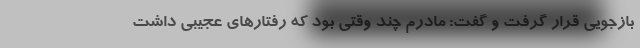
بازجویی قرار گرفت و گفت: مادرم چند وقتی بود که رفتار‌های عجیبی داشت